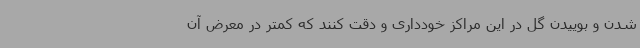
شدن و بوییدن گل در این مراکز خودداری و دقت کنند که کمتر در معرض آن